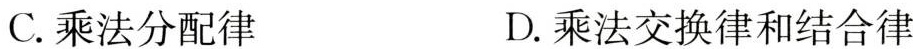
C.乘法分配律 D.乘法交换律和结合律